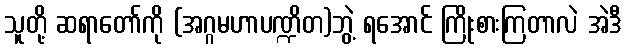
သူတို့ ဆရာတော်ကို (အဂ္ဂမဟာပဏ္ဍိတ)ဘွဲ့ ရအောင် ကြိုးစားကြတာလဲ အဲဒီ